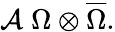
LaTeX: {\cal A}\; \Omega\otimes\overline{{{\Omega}}}.